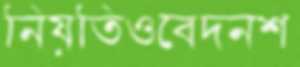
নিয়তিওবেদনশ